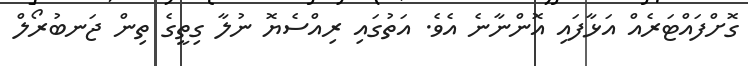
ގޮށްފައްޓަރެއް އަޅާފައި އޮންނާނެ އެވެ. އަތުގައި ރިއްސެޔޮ ނުލާ ގިތީގެ ތިން ޖަނބުރޯލް